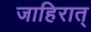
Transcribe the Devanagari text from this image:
जाहिरात्